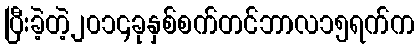
ပြီးခဲ့တဲ့၂၀၁၄ခုနှစ်စက်တင်ဘာလ၁၅ရက်က